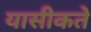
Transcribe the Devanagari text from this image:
यासीकते